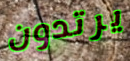
يرتدون